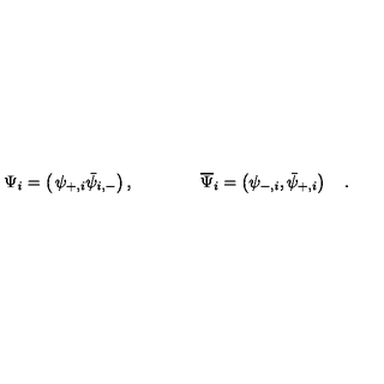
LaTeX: \Psi _ { i } = \left( \begin{matrix} { \psi _ { + , i } } \\ { \bar { \psi } _ { i , - } } \\ \end{matrix} \right) , \qquad \qquad \overline { { \Psi } } _ { i } = \left( \psi _ { - , i } , \bar { \psi } _ { + , i } \right) \quad .